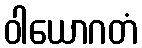
ဝါယောဂတံ